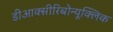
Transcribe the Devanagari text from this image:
डीआक्सीरिबोन्यूक्लिक